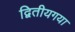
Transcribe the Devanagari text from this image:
द्वितीयगया